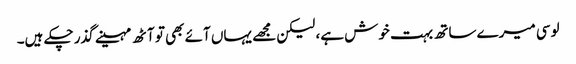
لوسی میرے ساتھ بہت خوش ہے، لیکن مجھے یہاں آئے بھی تو آٹھ مہینے گذر چکے ہیں۔